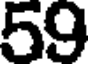
59